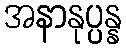
အနာနုပ္ပန္န